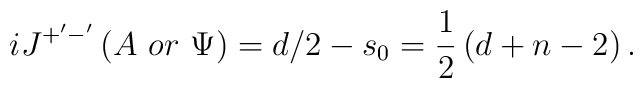
iJ^{+^{\prime }-^{\prime }}\left( A\,\,or\,\,\Psi \right) =d/2-s_0=\frac12\left( d+n-2\right) .